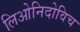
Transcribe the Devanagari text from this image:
लिओनिदोविच